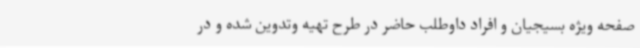
صفحه ویژه بسیجیان و افراد داوطلب حاضر در طرح تهیه وتدوین شده و در